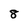
Character: 8